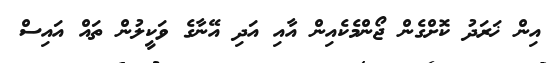
އިން ޚަރަދު ކޮށްގެން ޖޯންމެކެއިން އާއި އަދި އޭނާގެ ވަކީލުން ތައް އައިސް